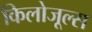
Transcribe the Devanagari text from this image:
किलोजूल्स